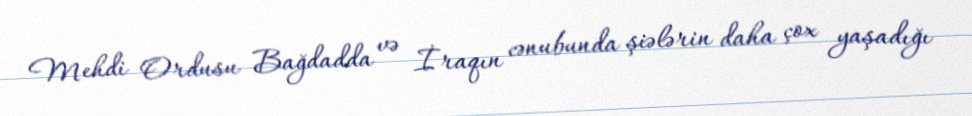
Mehdi Ordusu Bağdadda və İraqın cənubunda şiələrin daha çox yaşadığı